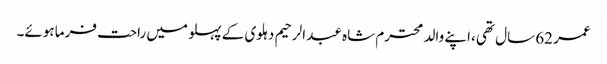
عمر 62 سال تھی ،اپنے والد محترم شاہ عبد الرحیم دہلوی کے پہلو میں راحت فرما ہوئے۔